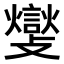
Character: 𮘽